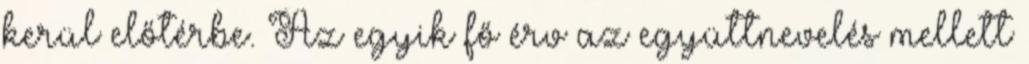
kerül előtérbe. Az egyik fő érv az együttnevelés mellett